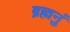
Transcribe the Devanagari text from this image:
ब्रह्मनुं